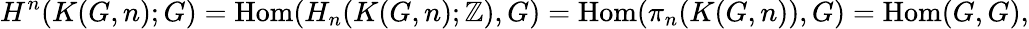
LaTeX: H^{n}(K(G,n);G)=\operatorname{Hom}(H_{n}(K(G,n);\mathbb{Z}),G)=\operatorname{Hom}(\pi_{n}(K(G,n)),G)=\operatorname{Hom}(G,G),